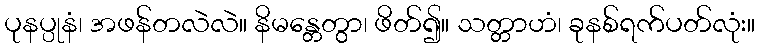
ပုနပ္ပုနံ၊ အဖန်တလဲလဲ။ နိမန္တေတွာ၊ ဖိတ်၍။ သတ္တာဟံ၊ ခုနစ်ရက်ပတ်လုံး။